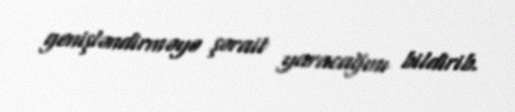
genişləndirməyə şərait yaracağını bildirib.